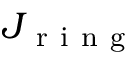
J _ { \mathrm { ~ r ~ i ~ n ~ g ~ } }